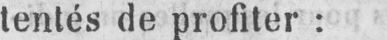
tentés de profiter: